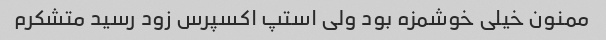
ممنون خیلی خوشمزه بود ولی استپ اکسپرس زود رسید متشکرم